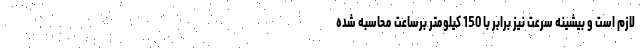
لازم است و بیشینه سرعت نیز برابر با 150 کیلومتر برساعت محاسبه شده